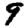
Digit: 9